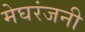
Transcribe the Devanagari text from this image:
मेघरंजनी